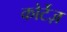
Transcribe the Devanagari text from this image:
कोर्टेज़